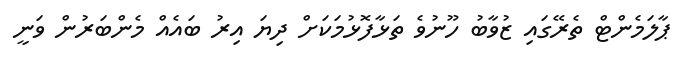
ޕާލަމެންޓް ތެރޭގައި ޒުވާބު ހޫނުވެ ތަޅާފޮޅުމަކަށް ދިޔަ އިރު ބައެއް މެންބަރުން ވަނީ